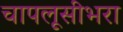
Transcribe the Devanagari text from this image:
चापलूसीभरा